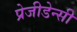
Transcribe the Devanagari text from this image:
प्रेजीडेन्सी